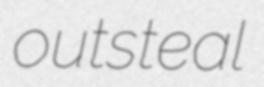
outsteal